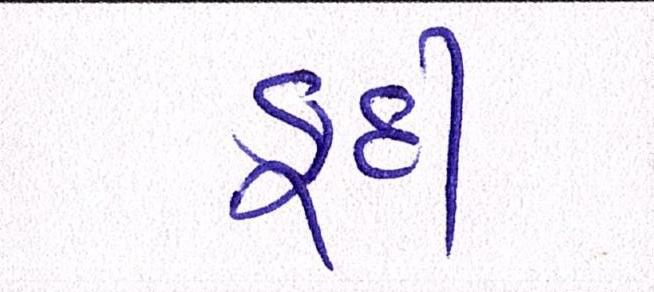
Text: કૂદી